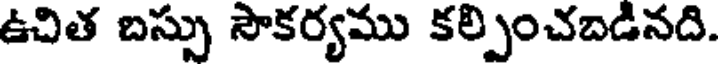
ఉచిత బస్సు సౌకర్యము కల్పించబడినది.